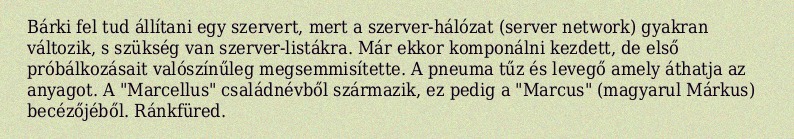
Bárki fel tud állítani egy szervert, mert a szerver-hálózat (server network) gyakran változik, s szükség van szerver-listákra. Már ekkor komponálni kezdett, de első próbálkozásait valószínűleg megsemmisítette. A pneuma tűz és levegő amely áthatja az anyagot. A "Marcellus" családnévből származik, ez pedig a "Marcus" (magyarul Márkus) becézőjéből. Ránkfüred.